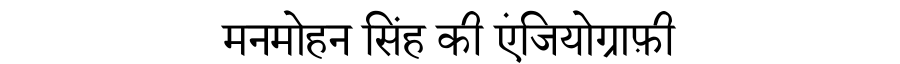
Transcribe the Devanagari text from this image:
मनमोहन सिंह की एंजियोग्राफ़ी